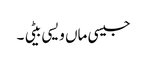
جیسی ماں ویسی بیٹی ۔